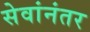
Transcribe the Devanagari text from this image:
सेवांनंतर